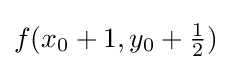
f(x_{0}+1,y_{0}+{\tfrac {1}{2}})